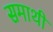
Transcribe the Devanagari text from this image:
समाथी